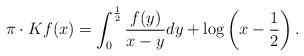
LaTeX: \begin{align*}\pi\cdot Kf(x) = \int_0^{\frac12} \frac{f(y)}{x-y} dy + \log \left( x-\frac12 \right).\end{align*}